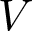
V